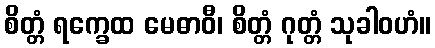
စိတ္တံ ရက္ခေထ မေဓာဝီ၊ စိတ္တံ ဂုတ္တံ သုခါဝဟံ။